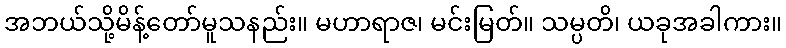
အဘယ်သို့မိန့်တော်မူသနည်း။ မဟာရာဇ၊ မင်းမြတ်။ သမ္ပတိ၊ ယခုအခါကား။